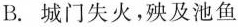
B.城门失火，殃及池鱼